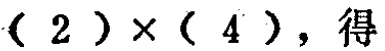
$(2)\times(4)，得$